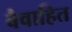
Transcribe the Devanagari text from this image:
वैवाहित